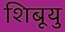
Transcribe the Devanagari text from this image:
शिबूयु